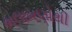
ભલામણોથી